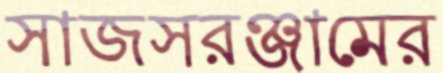
সাজসরঞ্জামের